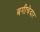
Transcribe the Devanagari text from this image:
बगीचेदार